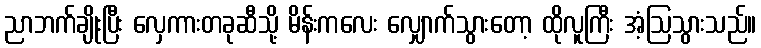
ညာဘက်ချိုးပြီး လှေကားတခုဆီသို့ မိန်းကလေး လျှောက်သွားတော့ ထိုလူကြီး အံ့ဩသွားသည်။